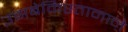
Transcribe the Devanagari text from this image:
उझबेकिस्तानाने